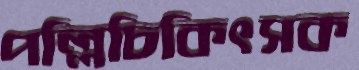
পল্লিচিকিৎসক